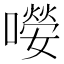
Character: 𡀼